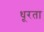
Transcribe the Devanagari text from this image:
धूरता